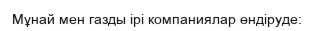
Мұнай мен газды ірі компаниялар өндіруде: